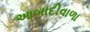
આબાદીવાળા